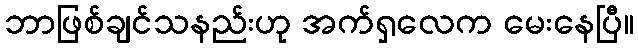
ဘာဖြစ်ချင်သနည်းဟု အက်ရှလေက မေးနေပြီ။